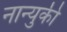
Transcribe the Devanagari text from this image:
नान्युकी